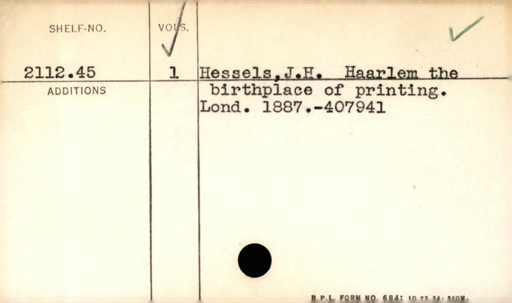
Label: content